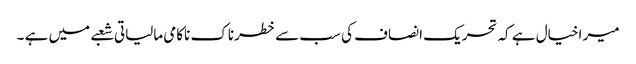
میر اخیال ہے کہ تحریک انصاف کی سب سے خطرناک ناکامی مالیاتی شعبے میں ہے ۔